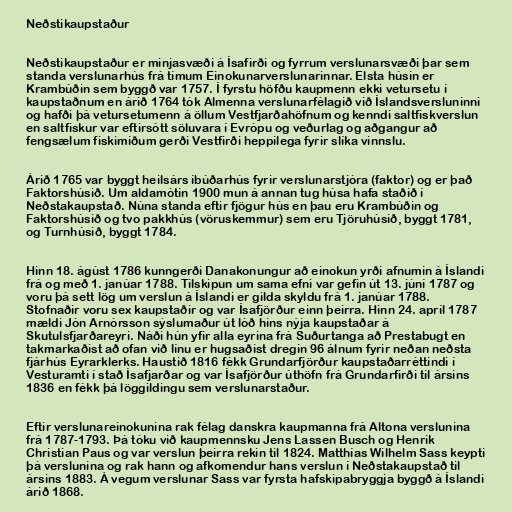
Neðstikaupstaður

Neðstikaupstaður er minjasvæði á Ísafirði og fyrrum verslunarsvæði þar sem
standa verslunarhús frá tímum Einokunarverslunarinnar. Elsta húsin er
Krambúðin sem byggð var 1757. Í fyrstu höfðu kaupmenn ekki vetursetu í
kaupstaðnum en árið 1764 tók Almenna verslunarfélagið við Íslandsversluninni
og hafði þá vetursetumenn á öllum Vestfjarðahöfnum og kenndi saltfiskverslun
en saltfiskur var eftirsótt söluvara í Evrópu og veðurlag og aðgangur að
fengsælum fiskimiðum gerði Vestfirði heppilega fyrir slíka vinnslu.

Árið 1765 var byggt heilsárs íbúðarhús fyrir verslunarstjóra (faktor) og er það
Faktorshúsið. Um aldamótin 1900 mun á annan tug húsa hafa staðið í
Neðstakaupstað. Núna standa eftir fjögur hús en þau eru Krambúðin og
Faktorshúsið og tvo pakkhús (vöruskemmur) sem eru Tjöruhúsið, byggt 1781,
og Turnhúsið, byggt 1784.

Hinn 18. ágúst 1786 kunngerði Danakonungur að einokun yrði afnumin á Íslandi
frá og með 1. janúar 1788. Tilskipun um sama efni var gefin út 13. júní 1787 og
voru þá sett lög um verslun á Íslandi er gilda skyldu frá 1. janúar 1788.
Stofnaðir voru sex kaupstaðir og var Ísafjörður einn þeirra. Hinn 24. apríl 1787
mældi Jón Arnórsson sýslumaður út lóð hins nýja kaupstaðar á
Skutulsfjarðareyri. Náði hún yfir alla eyrina frá Suðurtanga að Prestabugt en
takmarkaðist að ofan við línu er hugsaðist dregin 96 álnum fyrir neðan neðsta
fjárhús Eyrarklerks. Haustið 1816 fékk Grundarfjörður kaupstaðarréttindi í
Vesturamti í stað Ísafjarðar og var Ísafjörður úthöfn frá Grundarfirði til ársins
1836 en fékk þá löggildingu sem verslunarstaður.

Eftir verslunareinokunina rak félag danskra kaupmanna frá Altona verslunina
frá 1787-1793. Þá tóku við kaupmennsku Jens Lassen Busch og Henrik
Christian Paus og var verslun þeirra rekin til 1824. Matthías Wilhelm Sass keypti
þá verslunina og rak hann og afkomendur hans verslun í Neðstakaupstað til
ársins 1883. Á vegum verslunar Sass var fyrsta hafskipabryggja byggð á Íslandi
árið 1868.